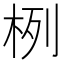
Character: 栵